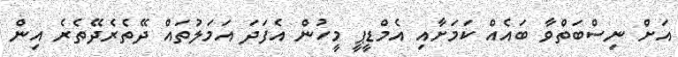
އަށް ނިސްބަތްވާ ބައެއް ކަމަށާއި އެމްޑީޕީ މީހުން އެފަދަ އަމަލުތައް ދޭތެރެދޭތެރެ އިން